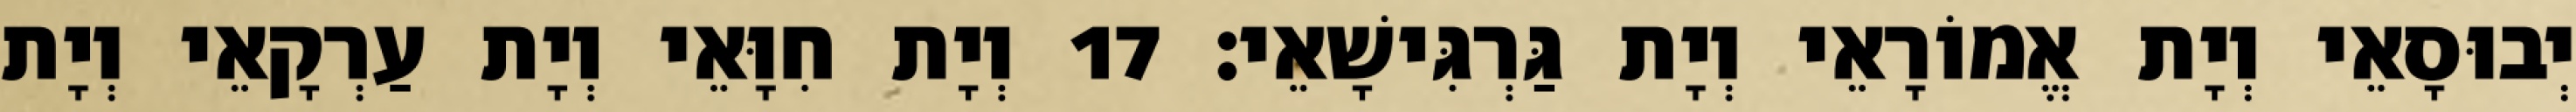
יְבוּסָאֵי וְיָת אֱמוֹרָאֵי וְיָת גַּרְגִּישָׁאֵי׃ 17 וְיָת חִוָּאֵי וְיָת עַרְקָאֵי וְיָת